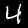
Label: 4